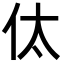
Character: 㑀